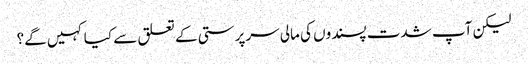
لیکن آپ شدت پسندوں کی مالی سرپرستی کے تعلق سے کیا کہیں گے؟